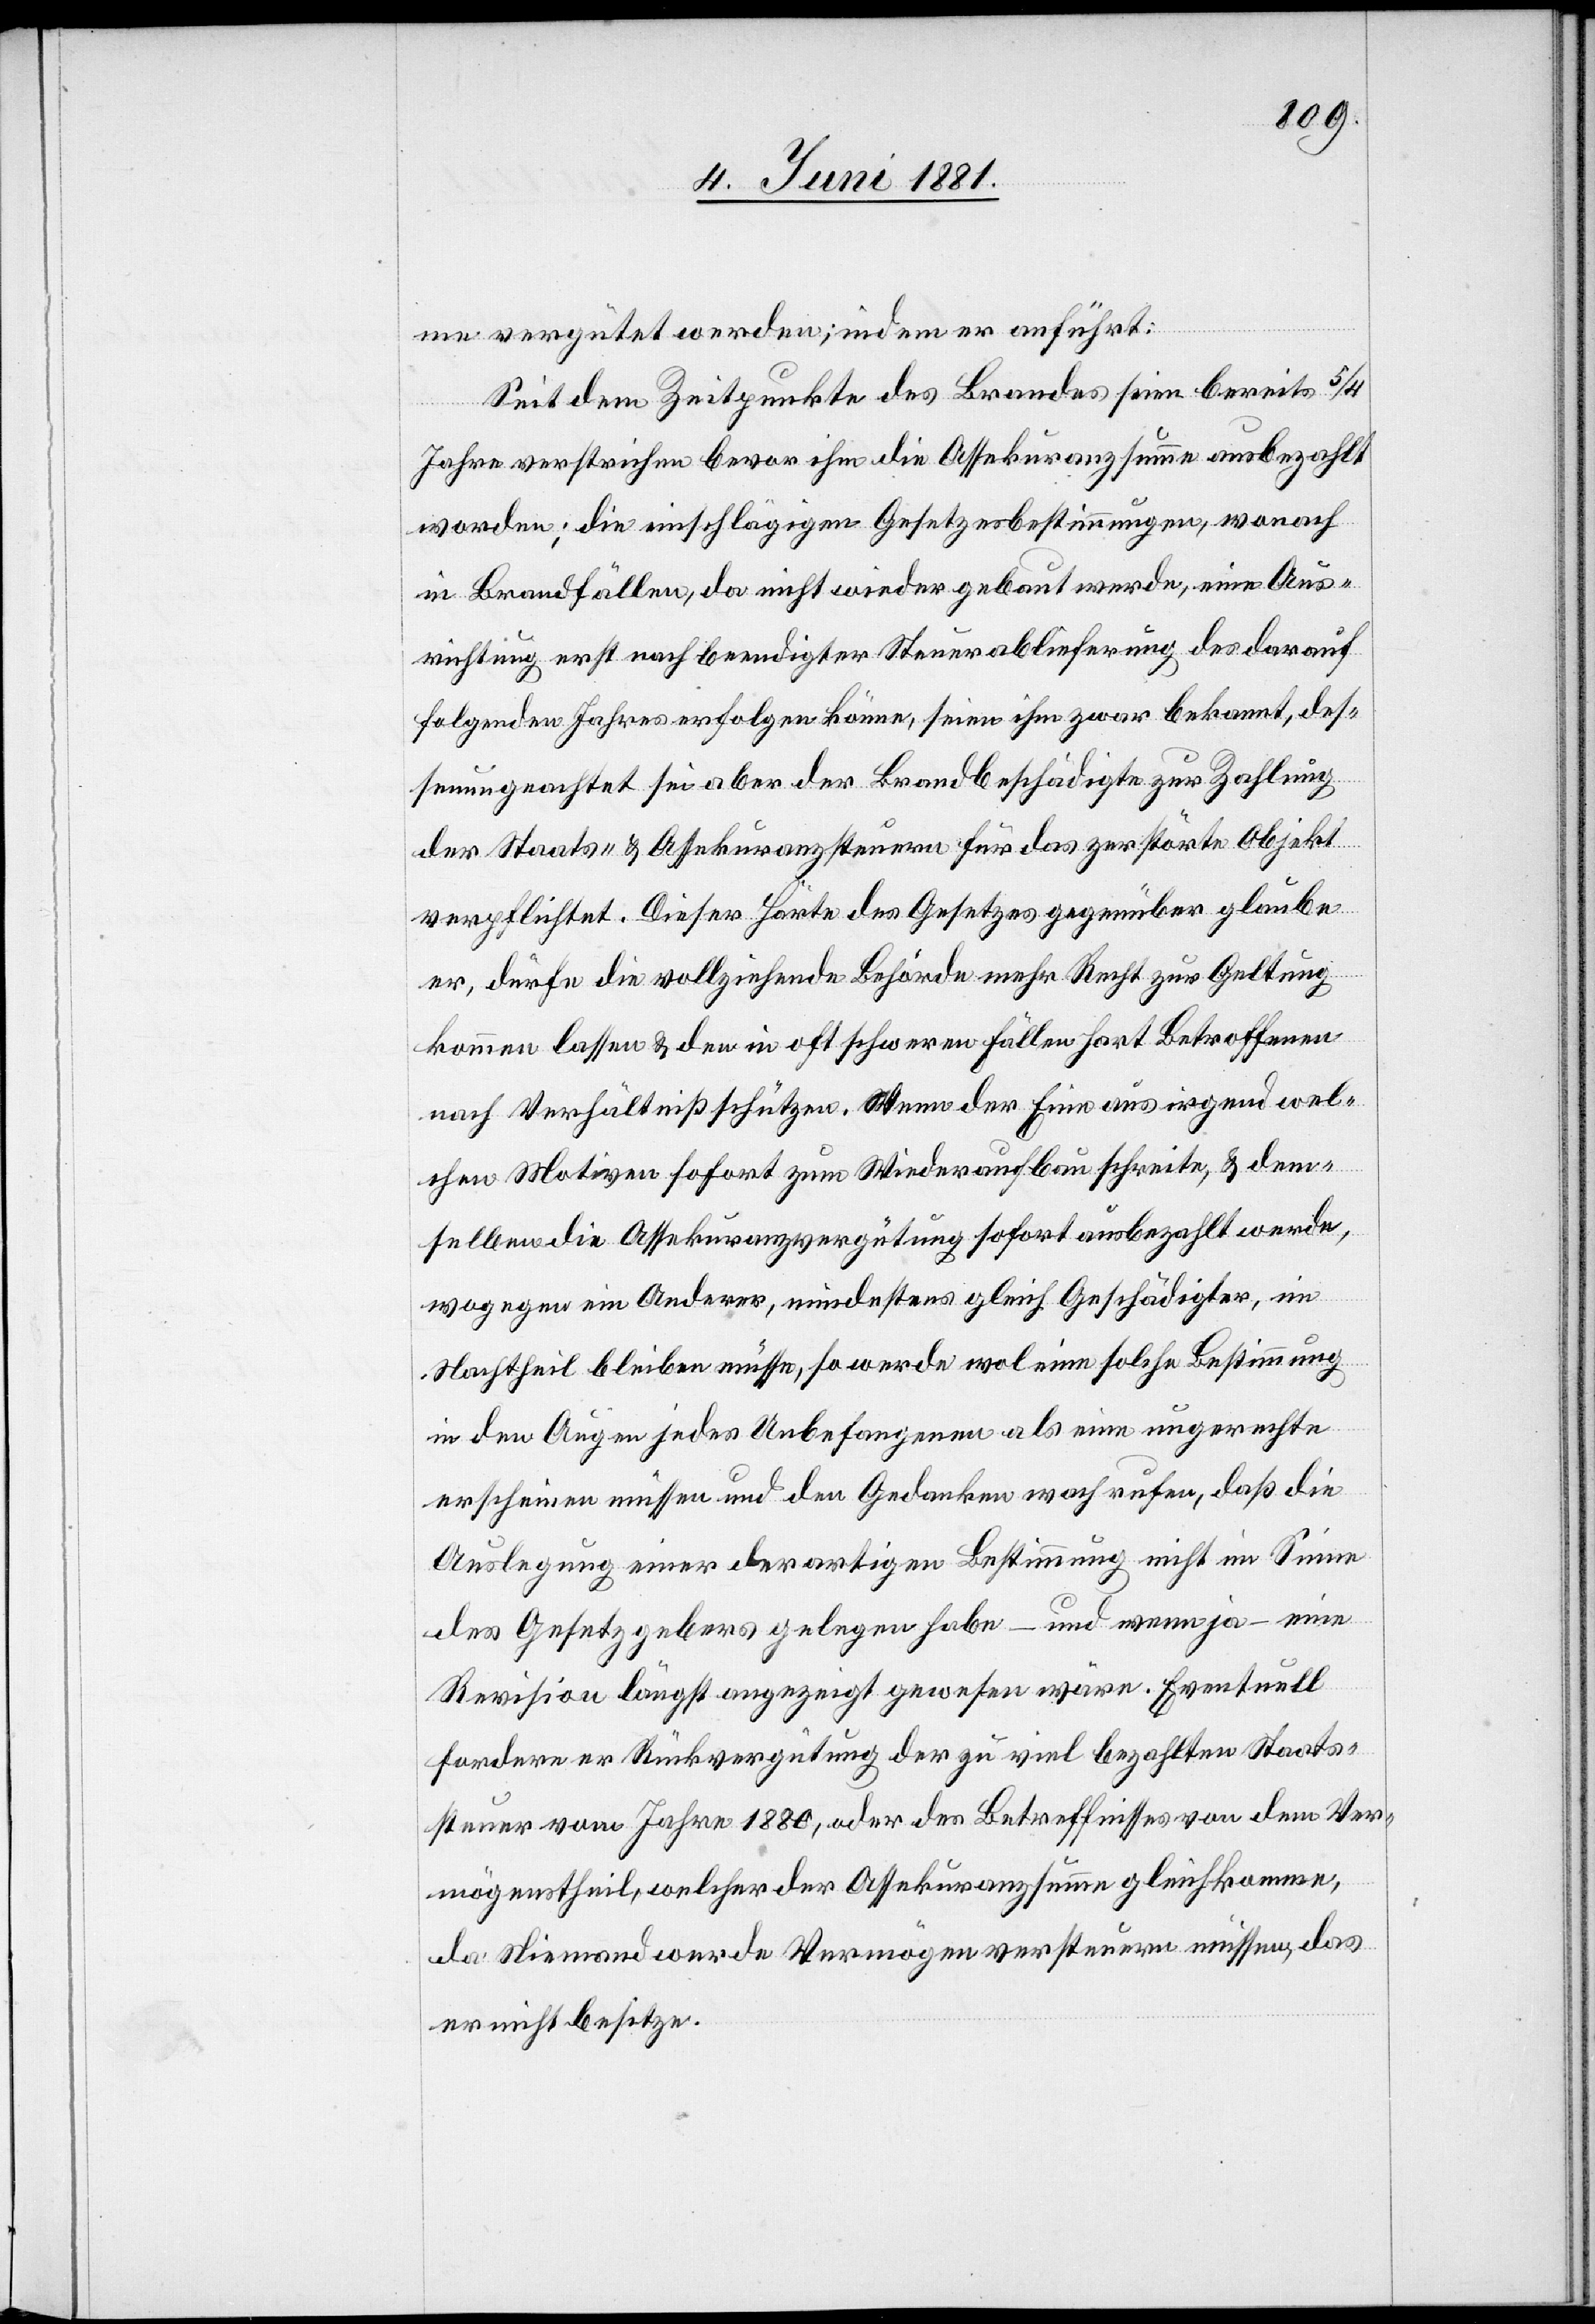
me vergütet werden; indem er anführt:
Sei dem Zeitpunkte des Brandes seien bereits 5/4
Jahre verstrichen bevor ihm die Assekuranzsumme ausbezahlt
worden; die einschlägigen Gesetzesbestimmungen, wonach
in Brandfällen, da nicht wieder gebaut werde, eine Aus¬
richtung erst nach beendigter Steuerablieferung des darauf
folgenden Jahres erfolgen könne, seien ihm zwar bekannt, des¬
sen ungeachtet sei aber der Brandbeschädigte zur Zahlung
der Staats- & Assekuranzsteuern für das zerstörte Objekt
verpflichtet. Dieser Härte des Gesetzes gegenüber glaube
er, dürfe die vollziehende Behörde mehr Recht zur Geltung
kommen lassen & den in oft schweren Fällen hart Betroffenen
nach Verhältniß schützen. Wenn der Eine aus irgend wel¬
chen Motiven sofort zum Wiederaufbau schreite, & dem¬
selben die Assekuranzvergütung sofort ausbezahlt werde,
wogegen ein Anderer, mindestens gleich Geschädigter, im
Nachtheil bleiben müsse, so werde wol eine solche Bestimmung
in den Augen jedes Unbefangenen als eine ungerechte
erscheinen müssen und den Gedanken wachrufen, daß die
Auslegung einer derartigen Bestimmung nicht im Sinne
des Gesetzgebers gelegen habe – und wenn ja – eine
Revision längst angezeigt gewesen wäre. Eventuell
fordere er Rückvergütung der zu viel bezahlten Staats¬
steuer vom Jahre 1880, oder des Betreffnisses von dem Ver¬
mögenstheil, welcher der Assekuranzsumme gleichkomme,
da Niemand werde Vermögen versteuern müssen, das
er nicht besitze.